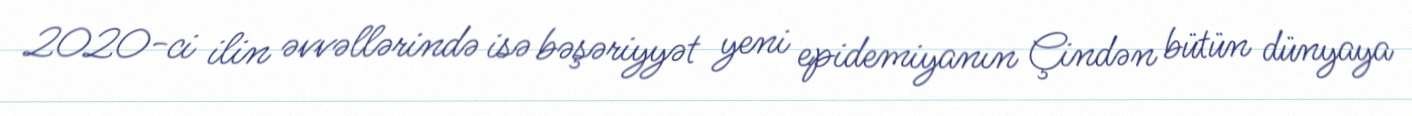
2020-ci ilin əvvəllərində isə bəşəriyyət yeni epidemiyanın Çindən bütün dünyaya